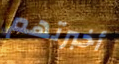
أخبرتهم